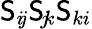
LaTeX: \mathsf{S}_{i\! j}\mathsf{S}_{\! j\! k}\mathsf{S}_{ki}